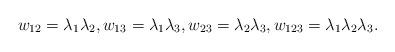
LaTeX: \begin{align*}w_{12} = \lambda_1 \lambda_2, w_{13} = \lambda_1 \lambda_3, w_{23} = \lambda_2 \lambda_3,w_{123} = \lambda_1 \lambda_2 \lambda_3.\end{align*}